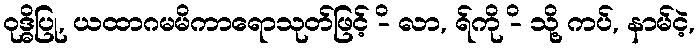
ဝုဒ္ဓိပြု, ယထာဂမမိကာရောသုတ်ဖြင့် -ိ လာ, ရ်ကို -ိ သို့ ကပ်, နာမ်ငဲ့,